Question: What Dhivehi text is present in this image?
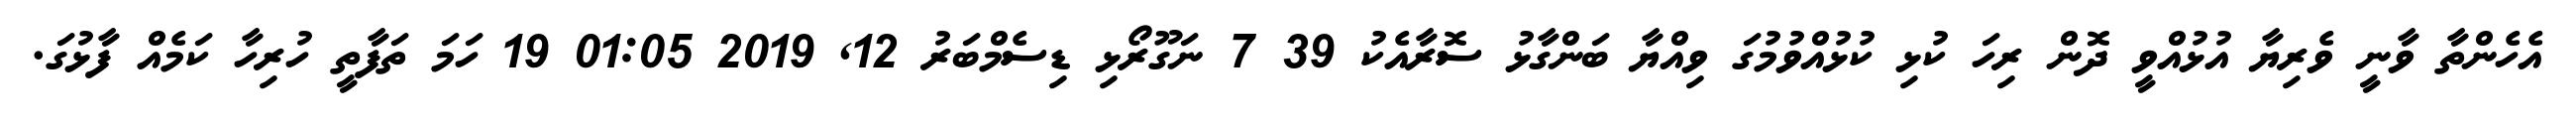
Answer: އެހެންތާ ވާނީ ވެރިޔާ އުޅުއްވީ ދޮން ރިހަ ކުޅި ކުޅުއްވުމުގަ ވިއްޔާ ބަންގާޅު ސޮރާއެކު 39 7 ނަގޫރޯޅި ޑިސެމްބަރު 12, 2019 01:05 19 ހަމަ ތަފާތީ ހުރިހާ ކަމެއް ފާޅުގަ.